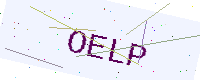
Text: OELP